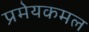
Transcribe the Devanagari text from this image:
प्रमेयकमल